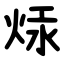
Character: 㶹